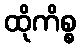
ထိုကိစ္စ